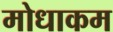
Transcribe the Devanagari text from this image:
मोधाकम